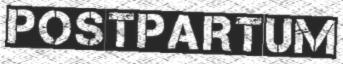
POSTPARTUM